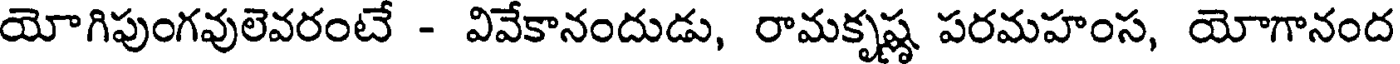
యోగిపుంగవులెవరంటే - వివేకానందుడు, రామకృష్ణ పరమహంస, యోగానంద